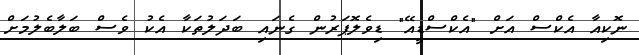
ނޮކިއާ އެކްސް އަށް "އެކްސްޑީއޭ" ޑިވެލޮޕަރުން ގެނައި ބަދަލުތަކާ އެކު ވެސް ބަލާބެލުމަށް